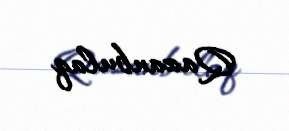
Qazanbulaq